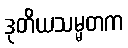
ဒုတိယသမ္မတက